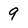
Character: 9